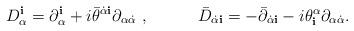
LaTeX: \begin{align*}D_\alpha^{\mathbf i} = \partial_\alpha^{\mathbf i} + i{\bar\theta}^{\dot\alpha {\mathbf i}} \partial_{\alpha\dot\alpha}\ ,\qquad\quad{\bar D}_{\dot\alpha {\mathbf i}} = -{\bar\partial}_{\dot\alpha{\mathbf i}}- i {\theta}^\alpha_{\mathbf i} \partial_{\alpha\dot\alpha}.\end{align*}